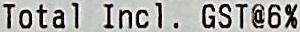
TOTAL INCL. GST@6%